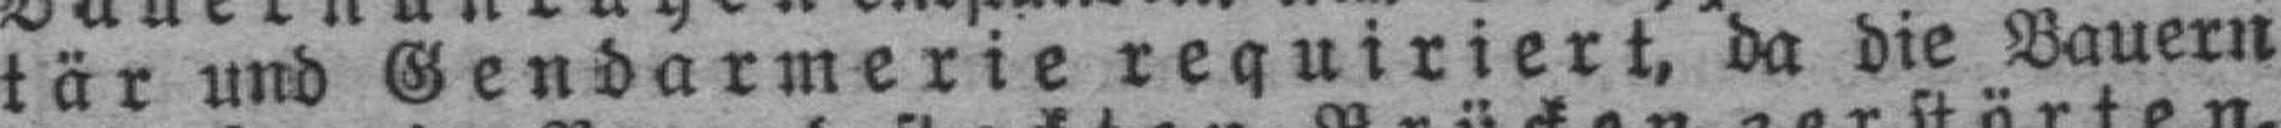
tär und Gendarmerie requiriert, da die Bauern